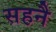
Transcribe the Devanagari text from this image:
सहनै